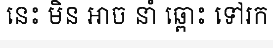
នេះ មិន អាច នាំ ឆ្ពោះ ទៅរក